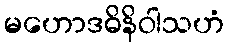
မဟောဒဓိနိဝါသဟံ